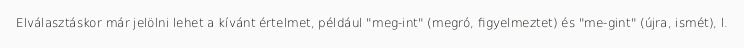
Elválasztáskor már jelölni lehet a kívánt értelmet, például "meg-int" (megró, figyelmeztet) és "me-gint" (újra, ismét), l.